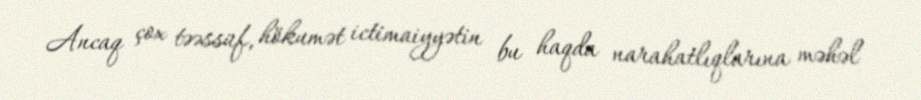
Ancaq çox təəssüf, hökumət ictimaiyyətin bu haqda narahatlıqlarına məhəl